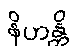
နိဟန္တိ